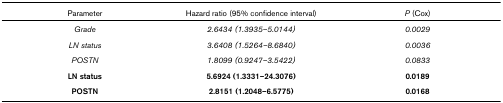
<table><thead><tr><td><b>Parameter</b></td><td><b>Hazard ratio (95% confidence interval)</b></td><td><b><i>P </i>(Cox)</b></td></tr></thead><tbody><tr><td><i>Grade</i></td><td><i>2.6434 (1.3935–5.0144)</i></td><td><i>0.0029</i></td></tr><tr><td><i>LN status</i></td><td><i>3.6408 (1.5264–8.6840)</i></td><td><i>0.0036</i></td></tr><tr><td><i>POSTN</i></td><td><i>1.8099 (0.9247–3.5422)</i></td><td><i>0.0833</i></td></tr><tr><td><b>LN status</b></td><td><b>5.6924 (1.3331–24.3076)</b></td><td><b>0.0189</b></td></tr><tr><td><b>POSTN</b></td><td><b>2.8151 (1.2048–6.5775)</b></td><td><b>0.0168</b></td></tr></tbody></table>